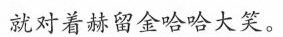
就对着赫留金哈哈大笑。